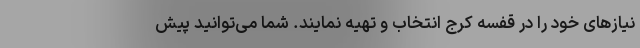
نیازهای خود را در قفسه کرج انتخاب و تهیه نمایند. شما می‌توانید پیش